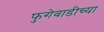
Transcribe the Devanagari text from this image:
फुगेवाडीच्या